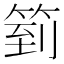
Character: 箌